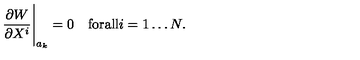
\frac { \partial W } { \partial X ^ { i } } \Bigg | _ { a _ { k } } = 0 \quad \mathrm { f o r a l l } i = 1 \dots N .